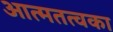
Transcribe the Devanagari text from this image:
आत्मतत्वका